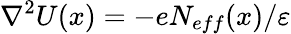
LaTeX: \nabla^{2}U(x)=-eN_{eff}(x)/\varepsilon